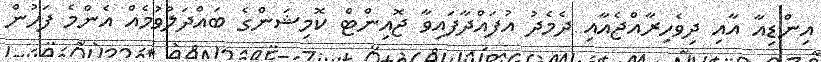
އިންޑިއާ އާއި ދިވެހިރާއްޖެއާއި ދެމެދު އުފައްދާފައިވާ ޖޮއިންޓް ކޮމިޝަންގެ ބައްދަލުވުމެއް އެންމެ ފަހުން